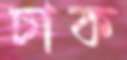
চাক